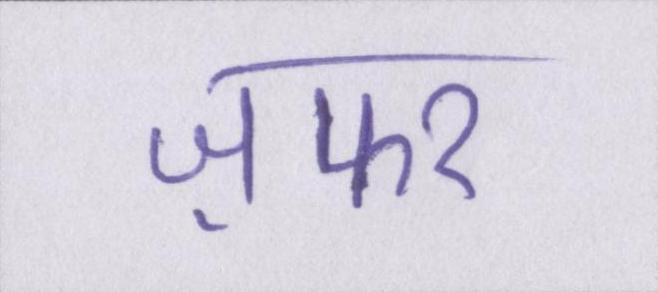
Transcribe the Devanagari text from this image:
ज़फर